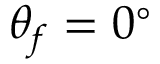
\theta _ { f } = 0 ^ { \circ }